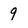
Character: 9